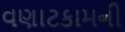
વણાટકામની